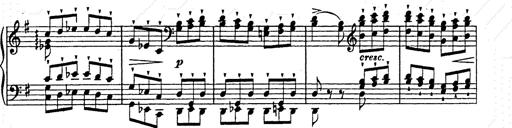
Title: Ab irato
Composer: Franz Liszt